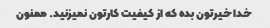
خدا خیرتون بده که از کیفیت کارتون نمیزنید. ممنون